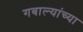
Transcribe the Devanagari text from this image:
गबाल्यांच्या